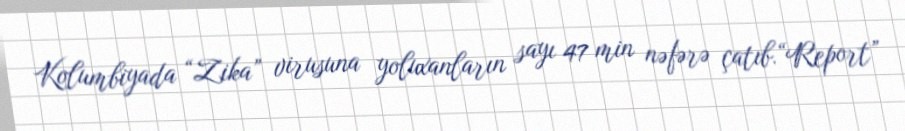
Kolumbiyada “Zika” virusuna yoluxanların sayı 47 min nəfərə çatıb.“Report”